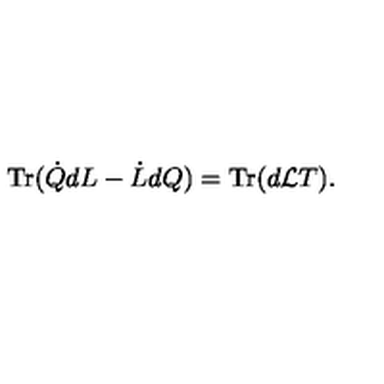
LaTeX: \mathrm { T r } ( \dot { Q } d L - \dot { L } d Q ) = \mathrm { T r } ( d { \cal L } T ) .